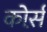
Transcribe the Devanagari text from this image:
कोर्स़